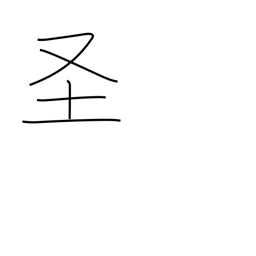
Meaning: holy